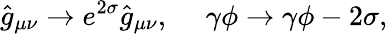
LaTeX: \hat{g}_{\mu\nu}\to e^{2\sigma}\hat{g}_{\mu\nu},\ \ \ \ \ \gamma\phi\to\gamma\phi-2\sigma,